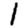
Digit: 1